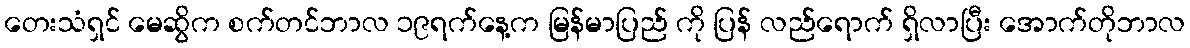
တေးသံရှင် မေဆွိက စက်တင်ဘာလ ၁၉ရက်နေ့က မြန်မာပြည် ကို ပြန် လည်ရောက် ရှိလာပြီး အောက်တိုဘာလ